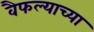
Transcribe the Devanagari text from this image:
वैफल्याच्या